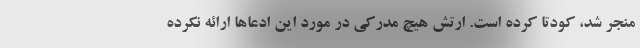
منجر شد، کودتا کرده است. ارتش هیچ مدرکی در مورد این ادعاها ارائه نکرده